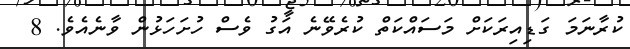
ކުރާނަމަ ގަޑިއިރަކަށް މަސައްކަތް ކުރެވޭނެ އަގު ވެސް ހުށަހަޅުން ވާނެއެވެ. 8